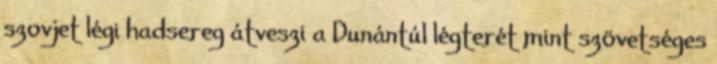
szovjet légi hadsereg átveszi a Dunántúl légterét mint szövetséges